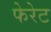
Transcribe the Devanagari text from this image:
फेरेट